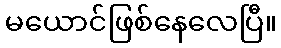
မယောင်ဖြစ်နေလေပြီ။